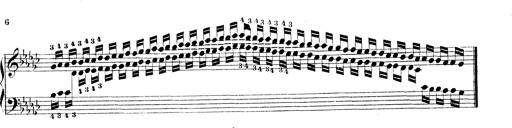
Title: Technische Studien
Composer: Franz Liszt